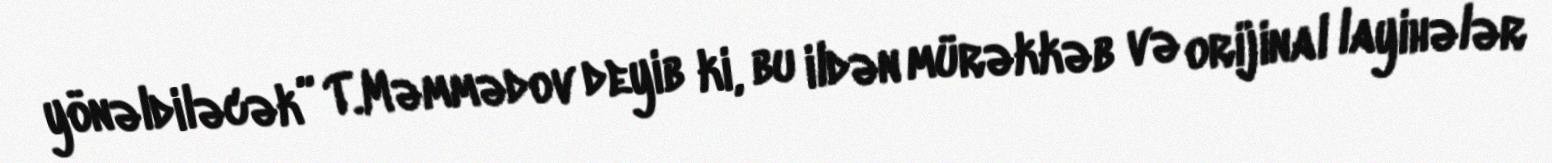
yönəldiləcək” T.Məmmədov deyib ki, bu ildən mürəkkəb və orijinal layihələr